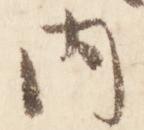
内